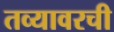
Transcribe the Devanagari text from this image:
तव्यावरची